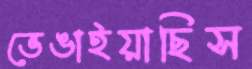
ভেঙাইয়াছিস